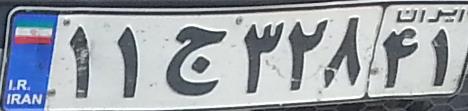
۱۱ج۳۲۸۴۱